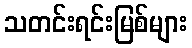
သတင်းရင်းမြစ်များ